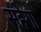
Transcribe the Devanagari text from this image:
सहेगा